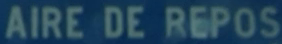
AIRE DE REPOS